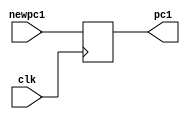
`timescale 1ns / 1ps
//////////////////////////////////////////////////////////////////////////////////
// Company: 
// Engineer: 
// 
// Design Name: 
// Module Name: PC
// Project Name: 
// Target Devices: 
// Tool Versions: 
// Description: 
// 
// Dependencies: 
// 
// Revision:
// Revision 0.01 - File Created
// Additional Comments:
// 
//////////////////////////////////////////////////////////////////////////////////


module PC (newpc1, clk, pc1);
    input [31:0] newpc1;
    input clk;
    output reg [31:0] pc1;
    always @(posedge clk)
    begin
    pc1 <= newpc1;    
    end
    initial
    begin
    pc1 <= 32'h00000000;
    end
endmodule